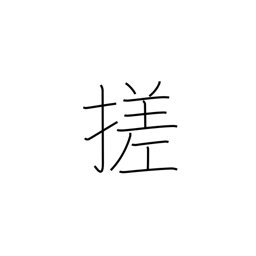
Meaning: braid